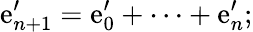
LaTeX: \mathrm{e}_{n+1}^{\prime}=\mathrm{e}_{0}^{\prime}+\dots+\mathrm{e}_{n}^{\prime};